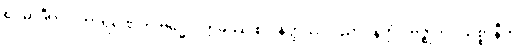
ဧဝမာဒီဟိပိ ကာရဏေဟိ ဗုဒ္ဓေါ။ ဣမဿ စ ပနတ္ထဿ ဝိညာပနတ္ထံ “ဗုဇ္ဈိတာ သစ္စာနီတိ